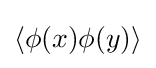
\langle \phi (x)\phi (y)\rangle